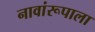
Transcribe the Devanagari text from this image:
नावांरूपाला